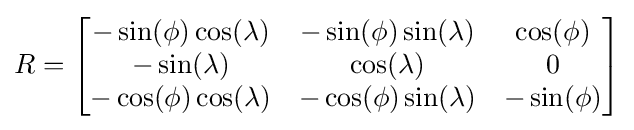
R={\begin{bmatrix}-\sin(\phi )\cos(\lambda )&-\sin(\phi )\sin(\lambda )&\cos(\phi )\\-\sin(\lambda )&\cos(\lambda )&0\\-\cos(\phi )\cos(\lambda )&-\cos(\phi )\sin(\lambda )&-\sin(\phi )\end{bmatrix}}